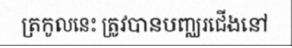
ត្រកូលនេះ ត្រូវបានបញ្ឈរជើងនៅ